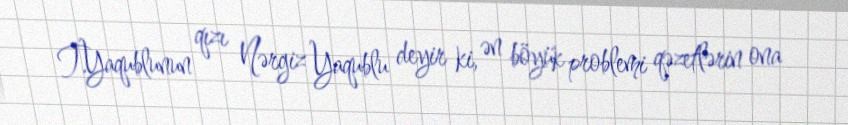
T.Yaqublunun qızı Nərgiz Yaqublu deyir ki, ən böyük problemi qəzetlərin ona